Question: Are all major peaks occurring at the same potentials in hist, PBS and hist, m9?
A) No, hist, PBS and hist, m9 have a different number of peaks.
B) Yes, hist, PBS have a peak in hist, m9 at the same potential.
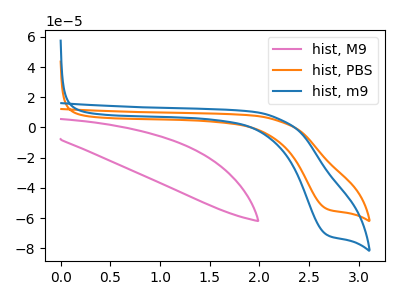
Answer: <think>The pink curve "hist, M9" has no peaks. The orange curve "hist, PBS" has a cathodic peak at: (2.65V, -53.75uA). The blue curve "hist, m9" has a cathodic peak at: (2.65V, -70.85uA).</think>
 <answer>B) Yes, "hist, PBS" have a peak in "hist, m9" at the same potential.</answer>
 <eval>B</eval>